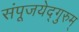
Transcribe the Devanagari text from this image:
संपूजयेद्गुरुम्